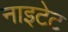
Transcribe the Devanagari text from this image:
नाइटेट